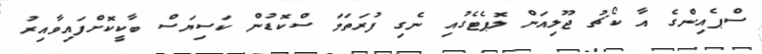
ސްޕެއިންގެ އާ ކޯޗު ޖޫލިއަން ލޮޕެޓެގުއި ނެގި ފުރަތަމަ ސްކޮޑުން ކަސިޔަސް ބާކީކޮށްފައިވާއިރު